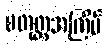
စတုတ္ထအကြိမ်